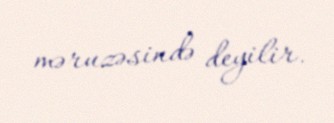
məruzəsində deyilir.